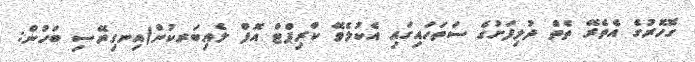
ގޮހޮރުގެ އެތެރޭ ތެތް ދުލިފަށުގެ ސަތަހައިގައި އެކުލެވޭ ކްރިޕްޓް އޮފް ލެއިބަރކުން(އިނގިރޭސި ބަހުން: